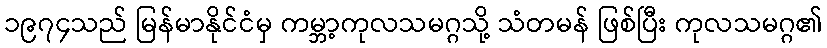
၁၉၇၄သည် မြန်မာနိုင်ငံမှ ကမ္ဘာ့ကုလသမဂ္ဂသို့ သံတမန် ဖြစ်ပြီး ကုလသမဂ္ဂ၏